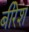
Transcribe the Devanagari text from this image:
बीरेश